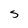
Character: S